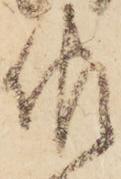
佐